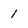
Character: 1